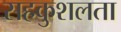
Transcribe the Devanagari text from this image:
सहकुशलता